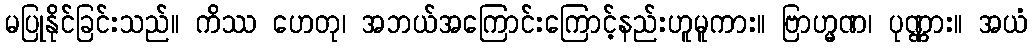
မပြုနိုင်ခြင်းသည်။ ကိဿ ဟေတု၊ အဘယ်အကြောင်းကြောင့်နည်းဟူမူကား။ ဗြာဟ္မဏ၊ ပုဏ္ဏား။ အယံ